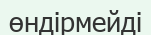
өндірмейді